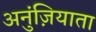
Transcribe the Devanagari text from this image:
अनुंज़ियाता